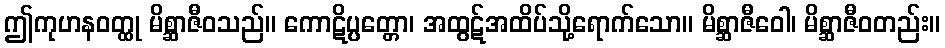
ဤကုဟနဝတ္ထု မိစ္ဆာဇီဝသည်။ ကောဋိပ္ပတ္တော၊ အထွဋ်အထိပ်သို့ရောက်သော။ မိစ္ဆာဇီဝေါ၊ မိစ္ဆာဇီဝတည်း။